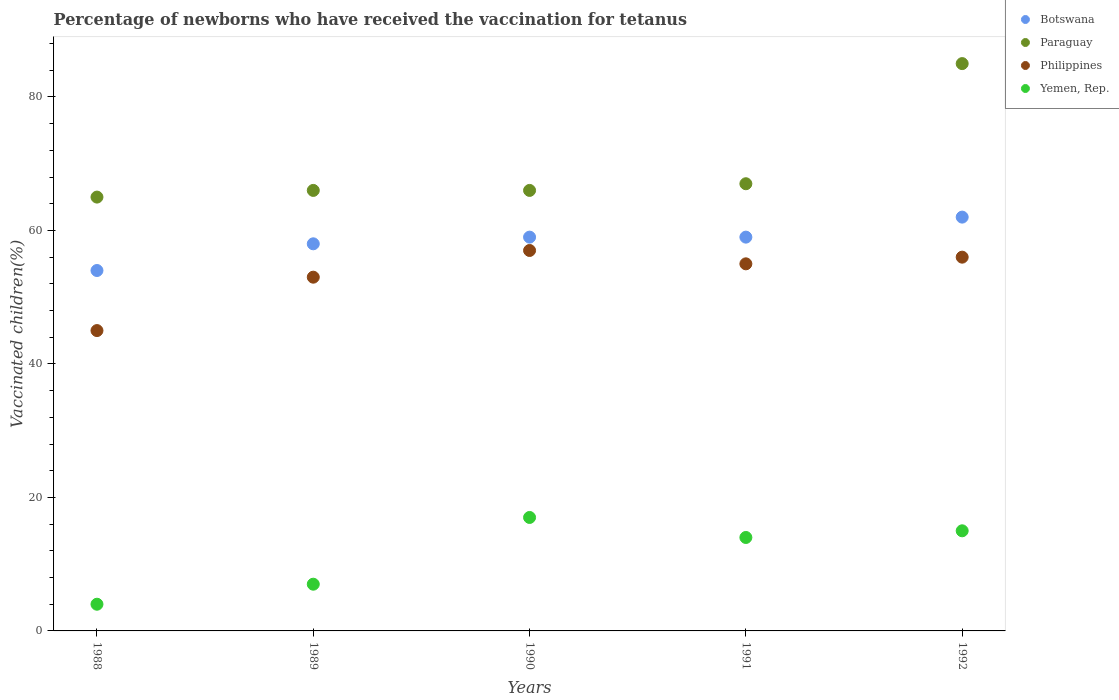
| Years | Botswana | Paraguay | Philippines | Yemen, Rep. |
 | --- | --- | --- | --- | --- |
 | 1988 | 54 | 65 | 45 | 4 |
 | 1989 | 58 | 66 | 53 | 7 |
 | 1990 | 59 | 66 | 57 | 17 |
 | 1991 | 59 | 67 | 55 | 14 |
 | 1992 | 62 | 85 | 56 | 15 |